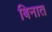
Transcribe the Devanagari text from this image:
बिनात